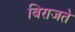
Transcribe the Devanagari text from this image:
बिराजते